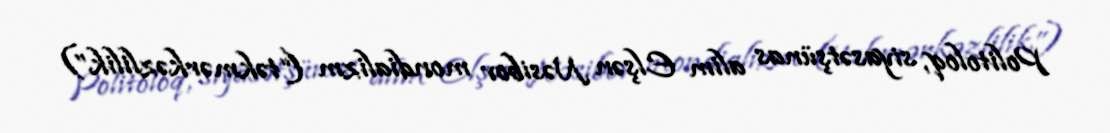
Politoloq, siyasətşünas alim Elşən Nəsibov mondializm (“təkmərkəzlilik”)